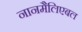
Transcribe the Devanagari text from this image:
नानमैलिएबल